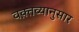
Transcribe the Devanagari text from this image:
वक़्तव्यानुसार